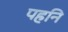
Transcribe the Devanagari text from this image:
पहनि